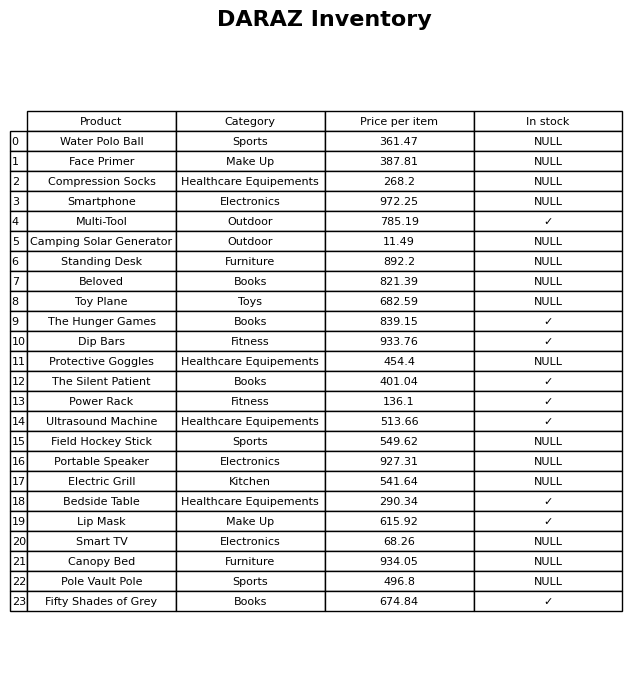
question: Is the Fifty Shades of Grey in stock?
answer: ✓